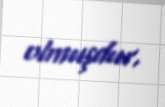
olmuşdur.